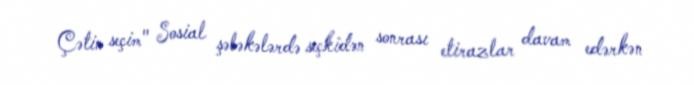
Çətin seçim" Sosial şəbəkələrdə seçkidən sonrası etirazlar davam edərkən